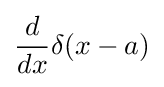
{\frac {d}{dx}}\delta (x-a)